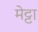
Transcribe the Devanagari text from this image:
मेट्टा